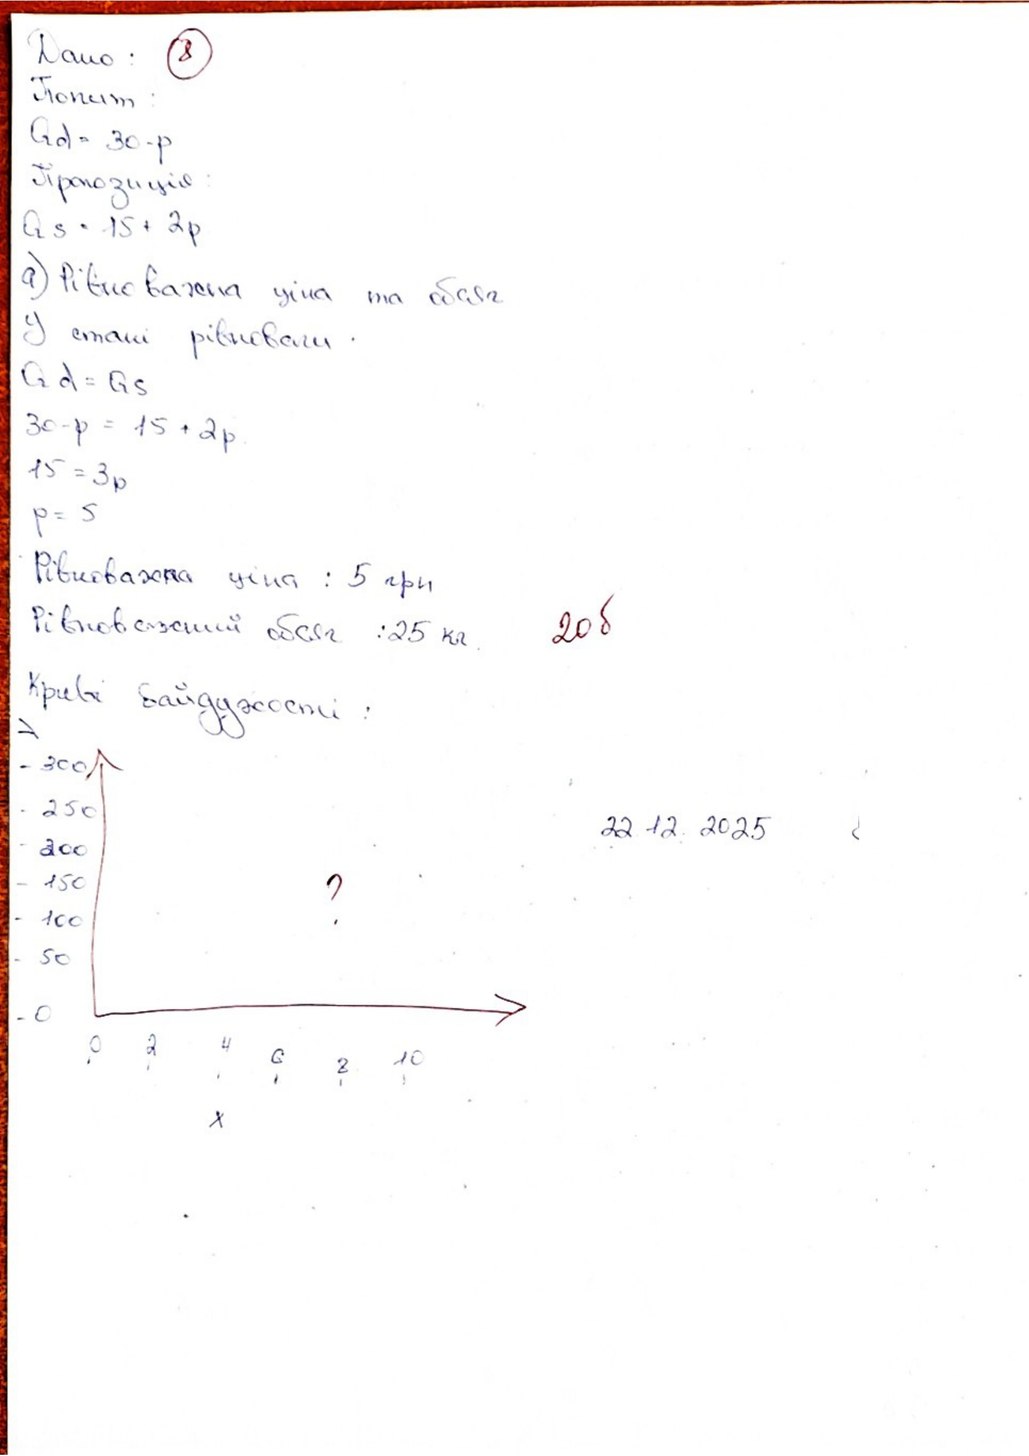
8
Дано:
Попит:
Qd = 30 - p
Пропозиція:
Qs = -15 + 2p
a) Рівно важна ціна та обсяг
у стані рівноваги.
Qd = Qs
30 - p = 15 + 2p
15 = 3p
p = 5
Рівноважна ціна : 5 грн
20б
Рівноважний обсяг :25 кг.
Криві байдужості:
22.12.2025